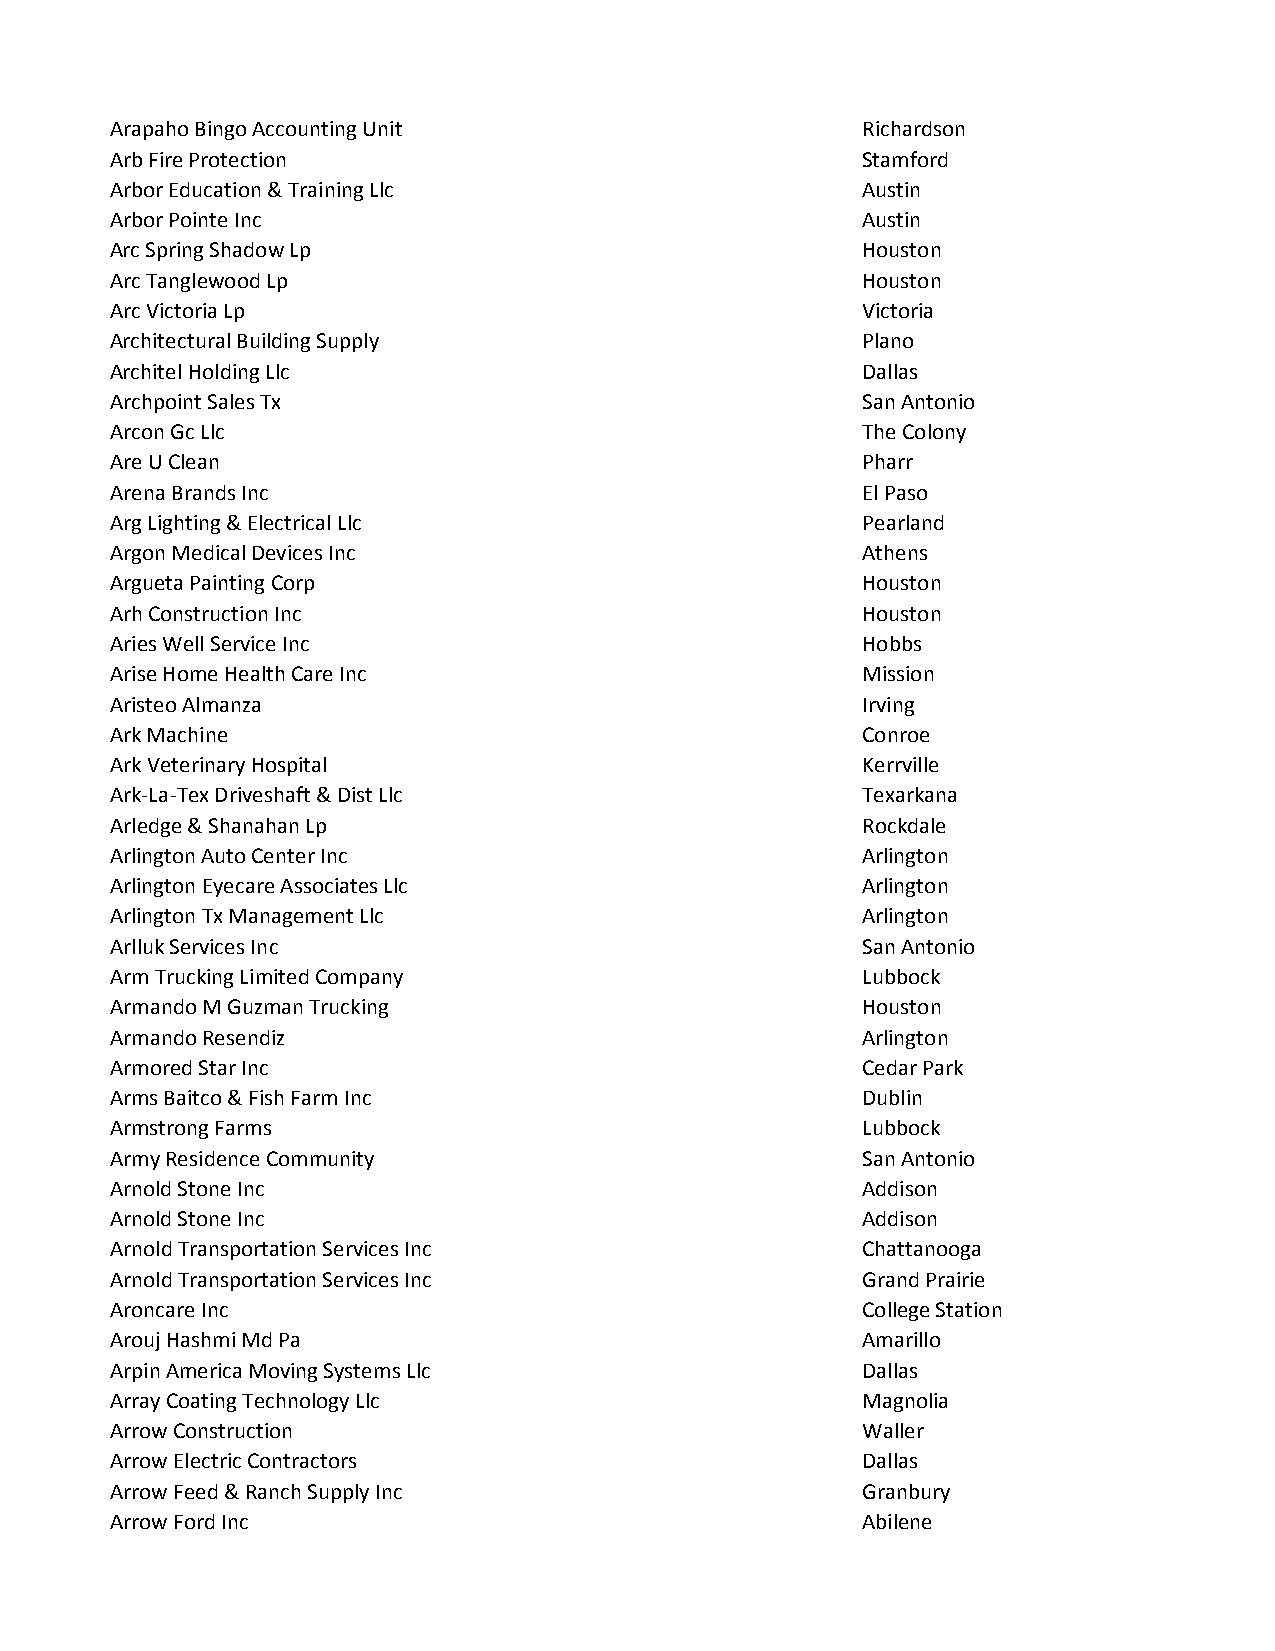
Arapaho Bingo Accounting Unit                     Richardson
 Arb Fire Protection                               Stamford
 Arbor Education & Training Llc                    Austin
 Arbor Pointe Inc                                  Austin
 Arc Spring Shadow Lp                              Houston
 Arc Tanglewood Lp                                 Houston
 Arc Victoria Lp                                   Victoria
 Architectural Building Supply                     Plano
 Architel Holding Llc                              Dallas
 Archpoint Sales Tx                                San Antonio
 Arcon Gc Llc                                      The Colony
 Are U Clean                                       Pharr
 Arena Brands Inc                                  El Paso
 Arg Lighting & Electrical Llc                     Pearland
 Argon Medical Devices Inc                         Athens
 Argueta Painting Corp                             Houston
 Arh Construction Inc                              Houston
 Aries Well Service Inc                            Hobbs
 Arise Home Health Care Inc                        Mission
 Aristeo Almanza                                   Irving
 Ark Machine                                       Conroe
 Ark Veterinary Hospital                           Kerrville
 Ark-La-Tex Driveshaft & Dist Llc                  Texarkana
 Arledge & Shanahan Lp                             Rockdale
 Arlington Auto Center Inc                         Arlington
 Arlington Eyecare Associates Llc                  Arlington
 Arlington Tx Management Llc                       Arlington
 Arlluk Services Inc                               San Antonio
 Arm Trucking Limited Company                      Lubbock
 Armando M Guzman Trucking                         Houston
 Armando Resendiz                                  Arlington
 Armored Star Inc                                  Cedar Park
 Arms Baitco & Fish Farm Inc                       Dublin
 Armstrong Farms                                   Lubbock
 Army Residence Community                          San Antonio
 Arnold Stone Inc                                  Addison
 Arnold Stone Inc                                  Addison
 Arnold Transportation Services Inc                Chattanooga
 Arnold Transportation Services Inc                Grand Prairie
 Aroncare Inc                                      College Station
 Arouj Hashmi Md Pa                                Amarillo
 Arpin America Moving Systems Llc                  Dallas
 Array Coating Technology Llc                      Magnolia
 Arrow Construction                                Waller
 Arrow Electric Contractors                        Dallas
 Arrow Feed & Ranch Supply Inc                     Granbury
 Arrow Ford Inc                                    Abilene